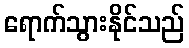
ရောက်သွားနိုင်သည်